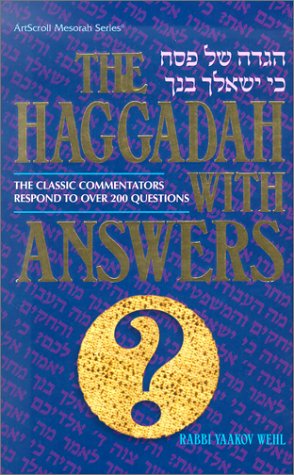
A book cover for The Haggadah with Answers: The Classic Commentators Respond to Over 200 Questions (Artscroll Mesorah Series); Yaakov Wehl; Religion & Spirituality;